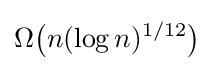
\Omega {\bigl (}n(\log n)^{1/12}{\bigr )}